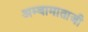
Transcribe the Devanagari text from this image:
अम्बामाताजी